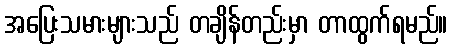
အပြေးသမားများသည် တချိန်တည်းမှာ တာထွက်ရမည်။